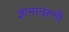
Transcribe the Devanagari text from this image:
ज्ञानावरणी